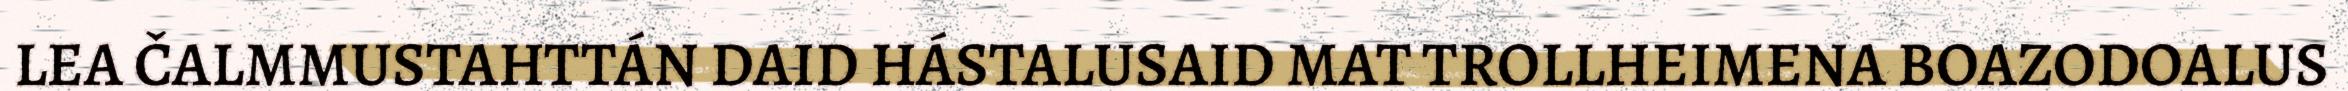
LEA ČALMMUSTAHTTÁN DAID HÁSTALUSAID MAT TROLLHEIMENA BOAZODOALUS